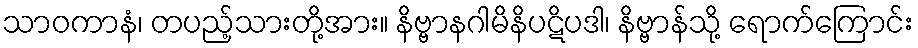
သာဝကာနံ၊ တပည့်သားတို့အား။ နိဗ္ဗာနဂါမိနိပဋိပဒါ၊ နိဗ္ဗာန်သို့ ရောက်ကြောင်း